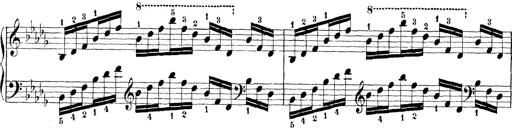
Title: Technische Studien
Composer: Franz Liszt